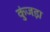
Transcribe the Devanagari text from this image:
कुंजड़ा